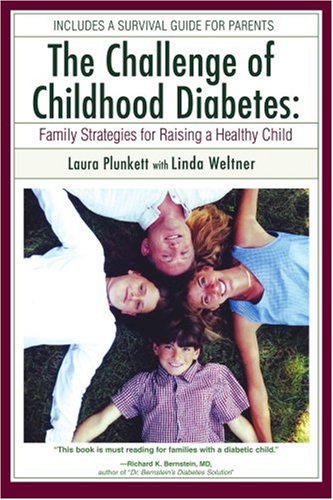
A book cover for The Challenge of Childhood Diabetes: Family Strategies for Raising a Healthy Child; Laura Plunkett; Health, Fitness & Dieting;